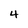
Character: 4